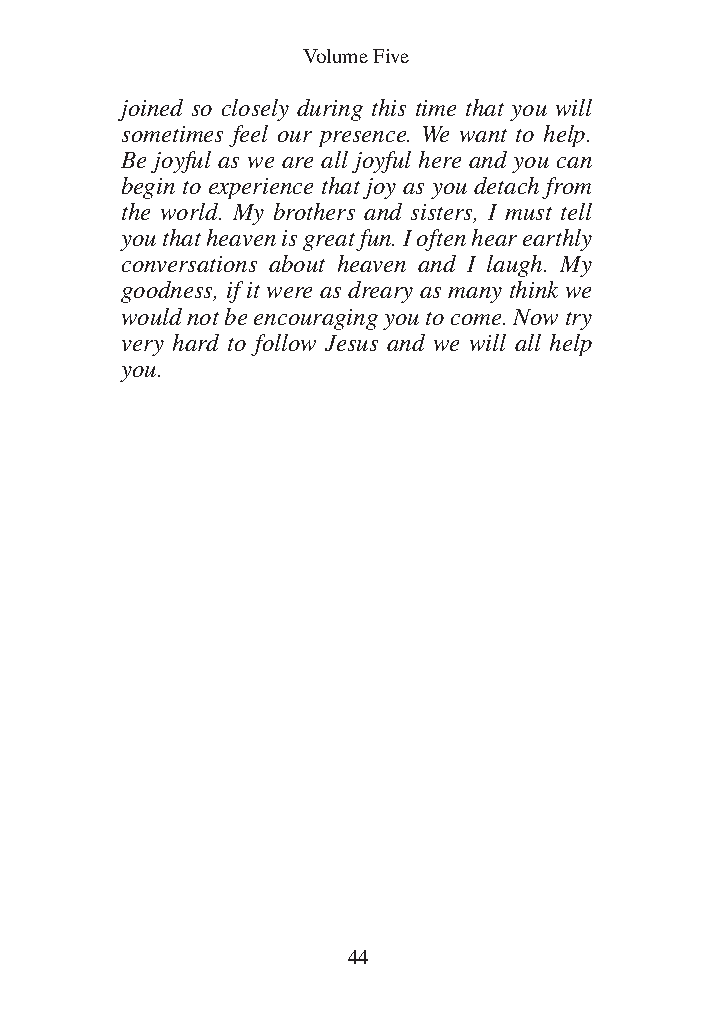
DFOT Vol 5 No App_1 12/3/13 8:54 PM Page 44
 Volume Five
 joined so closely during this time that you will
 sometimes feel our presence. We want to help.
 Be joyful as we are all joyful here and you can
 begin to experience that joy as you detach from
 the world. My brothers and sisters, I must tell
 you that heaven is great fun. I often hear earthly
 conversations about heaven and I laugh. My
 goodness, if it were as dreary as many think we
 would not be encouraging you to come. Now try
 very hard to follow Jesus and we will all help
 you.
 44